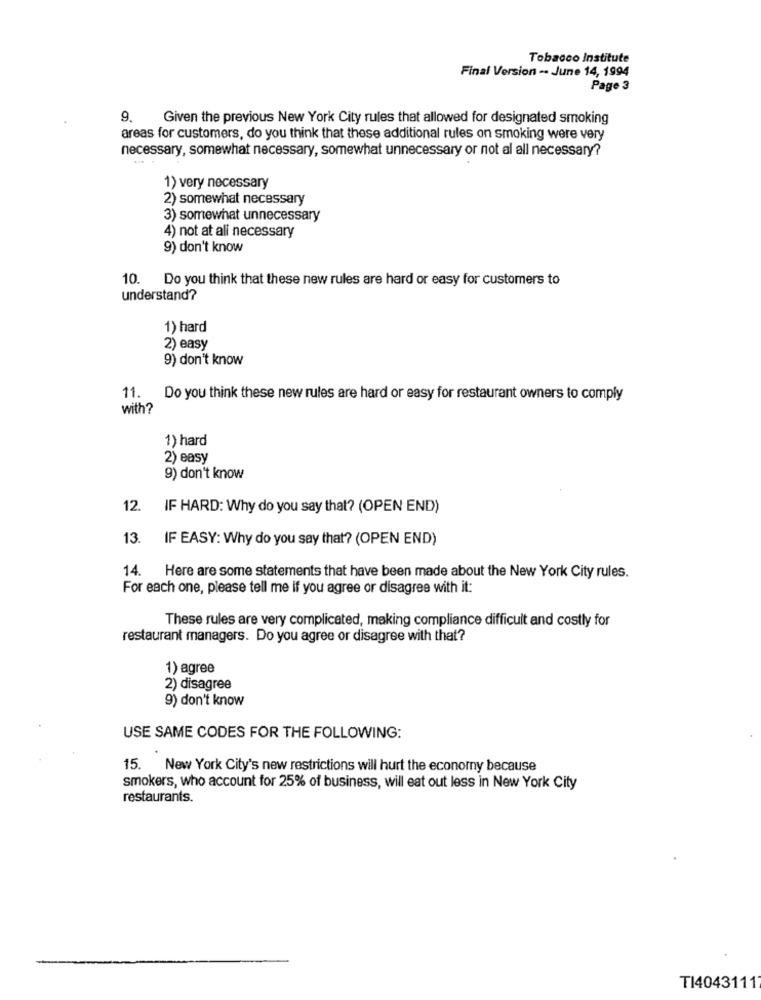
Tobacco Institute
Final Version -. June 14, 1994
Page 3
9. Given the previous New York City rules that allowed for designated smoking
areas for customers, do you think that these additional rules on smoking were very
necessary, somewhat necessary, somewhat unnecessary or not al all necessary?
1) very necessary
2) somewhat necessary
3) somewhat unnecessary
4) not at all necessary
9) don't know
10. Do you think that these new rules are hard or easy for customers to
understand?
1) hard
2) easy
9) don't know
11. Do you think these new rules are hard or easy for restaurant owners to comply
with?
1) hard
2) easy
9) don't know
12.
IF HARD: Why do you say that? (OPEN END)
13.
IF EASY: Why do you say that? (OPEN END)
14. Here are some statements that have been made about the New York City rules.
For each one, please tell me if you agree or disagree with it:
These rules are very complicated, making compliance difficult and costly for
restaurant managers. Do you agree or disagree with that?
1) agree
2) disagree
9) don't know
USE SAME CODES FOR THE FOLLOWING:
15. New York City's new restrictions will hurt the economy because
smokers, who account for 25% of business, will eat out less in New York City
restaurants.
TI40431117